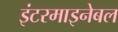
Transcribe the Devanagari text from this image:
इंटरमाइनेबल